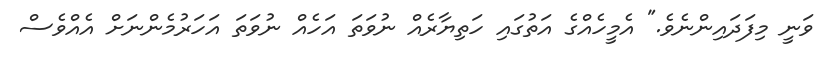
ވަނީ މިފަދައިންނެވެ." އެމީހެއްގެ އަތުގައި ހަތިޔާރެއް ނުވަތަ އަހެއް ނުވަތަ އަހަރުމެންނަށް އެއްވެސް